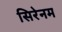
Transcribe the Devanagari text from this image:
सिरेनम